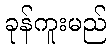
ခုန်ကူးမည်